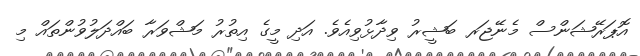
އޮޕަރޭޝަންސް މެނޭޖަރ ބަޝީރު ވިދާޅުވިއެވެ. އަދި މީގެ އިތުރު މަޝްވަރާ ބައްދަލުވުންތައް މި